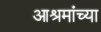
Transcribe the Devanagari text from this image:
आश्रमांच्या